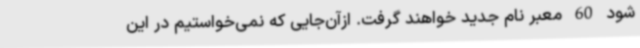
شود 60 معبر نام جدید خواهند گرفت. ازآن‌جایی که نمی‌خواستیم در این